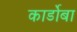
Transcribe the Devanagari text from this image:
कार्डोबा